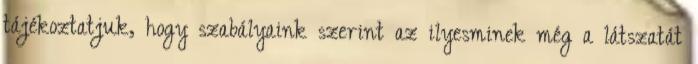
tájékoztatjuk, hogy szabályaink szerint az ilyesminek még a látszatát